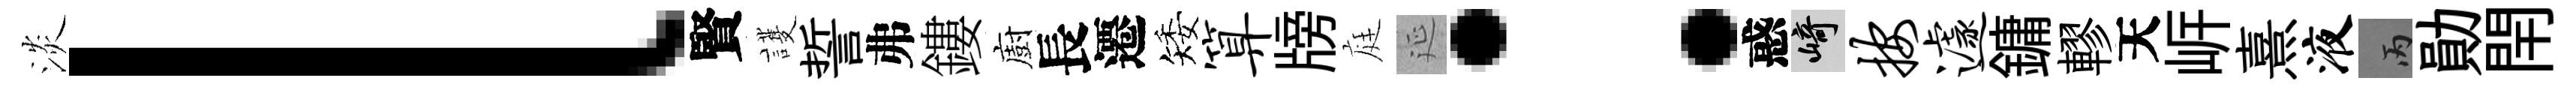
淡l賢護誓弗鏤廚長遷矮算牓庭延：惑崎按遽鏞轇天㟁熹液丙勛閈